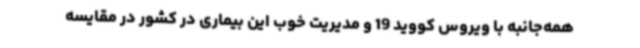
همه‌جانبه با ویروس کووید 19 و مدیریت خوب این بیماری در کشور در مقایسه